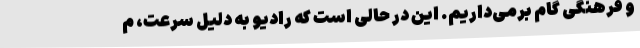
و فرهنگی گام برمی‌داریم. این در حالی است که رادیو به دلیل سرعت، م